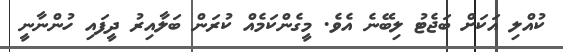
ކުއްލި އަކަށް ބަޖެޓު ލިބޭނެ އެވެ. މީގެންކަމެއް ކުރަން ބަލާއިރު ދީފައި ހުންނާނީ